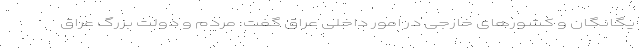
یگانگان و کشورهای خارجی در امور داخلی عراق گفت: مردم و دولت بزرگ عراق